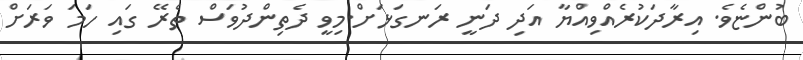
ބުންޏެވެ. އިރާދަކުރެއްވިއްޔާ އަދި ދަނީ ރަނގަޅަށް.މިވީ ދެތިންދުވަސް ތެރޭ ގައި ހަމަ ވަރަށް